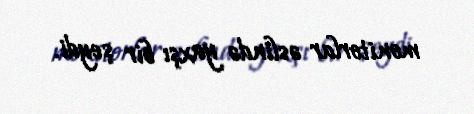
monitorlar əslində yaxşı bir şeydi.